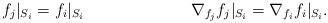
LaTeX: \begin{align*} f_j|_{S_i} &= f_{i}|_{S_i} & \nabla_{f_j}f_j|_{S_i} &= \nabla_{f_{i}}f_{i}|_{S_i}. \end{align*}